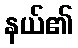
နယ်၏